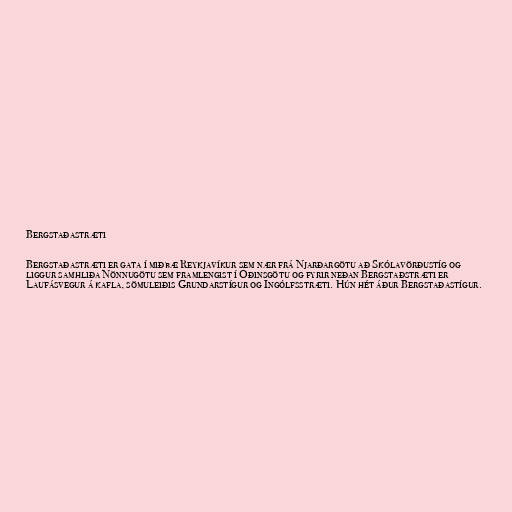
Bergstaðastræti

Bergstaðastræti er gata í miðbæ Reykjavíkur sem nær frá Njarðargötu að Skólavörðustíg og
liggur samhliða Nönnugötu sem framlengist í Óðinsgötu og fyrir neðan Bergstaðstræti er
Laufásvegur á kafla, sömuleiðis Grundarstígur og Ingólfsstræti. Hún hét áður Bergstaðastígur.